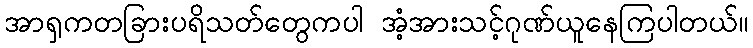
အာရှကတခြားပရိသတ်တွေကပါ အံ့အားသင့်ဂုဏ်ယူနေကြပါတယ်။